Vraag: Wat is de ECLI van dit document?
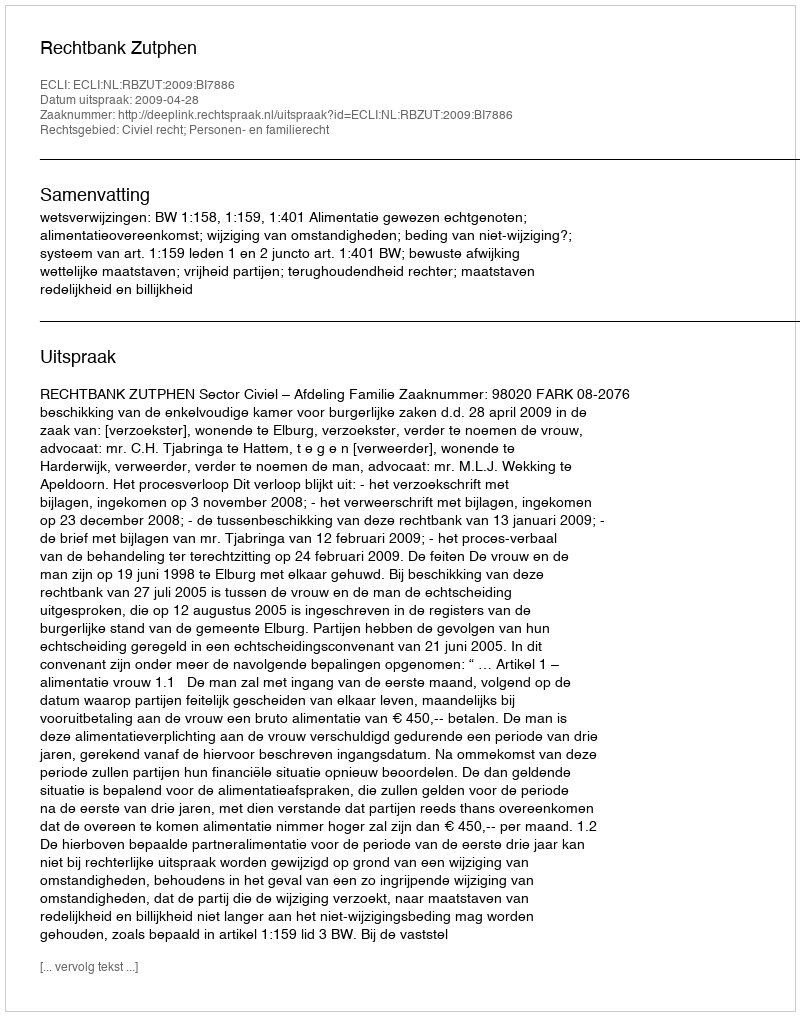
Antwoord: ECLI:NL:RBZUT:2009:BI7886